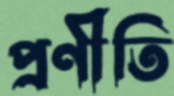
প্রণীতি